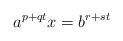
LaTeX: \begin{align*}a^{p+qt}x=b^{r+st}\end{align*}